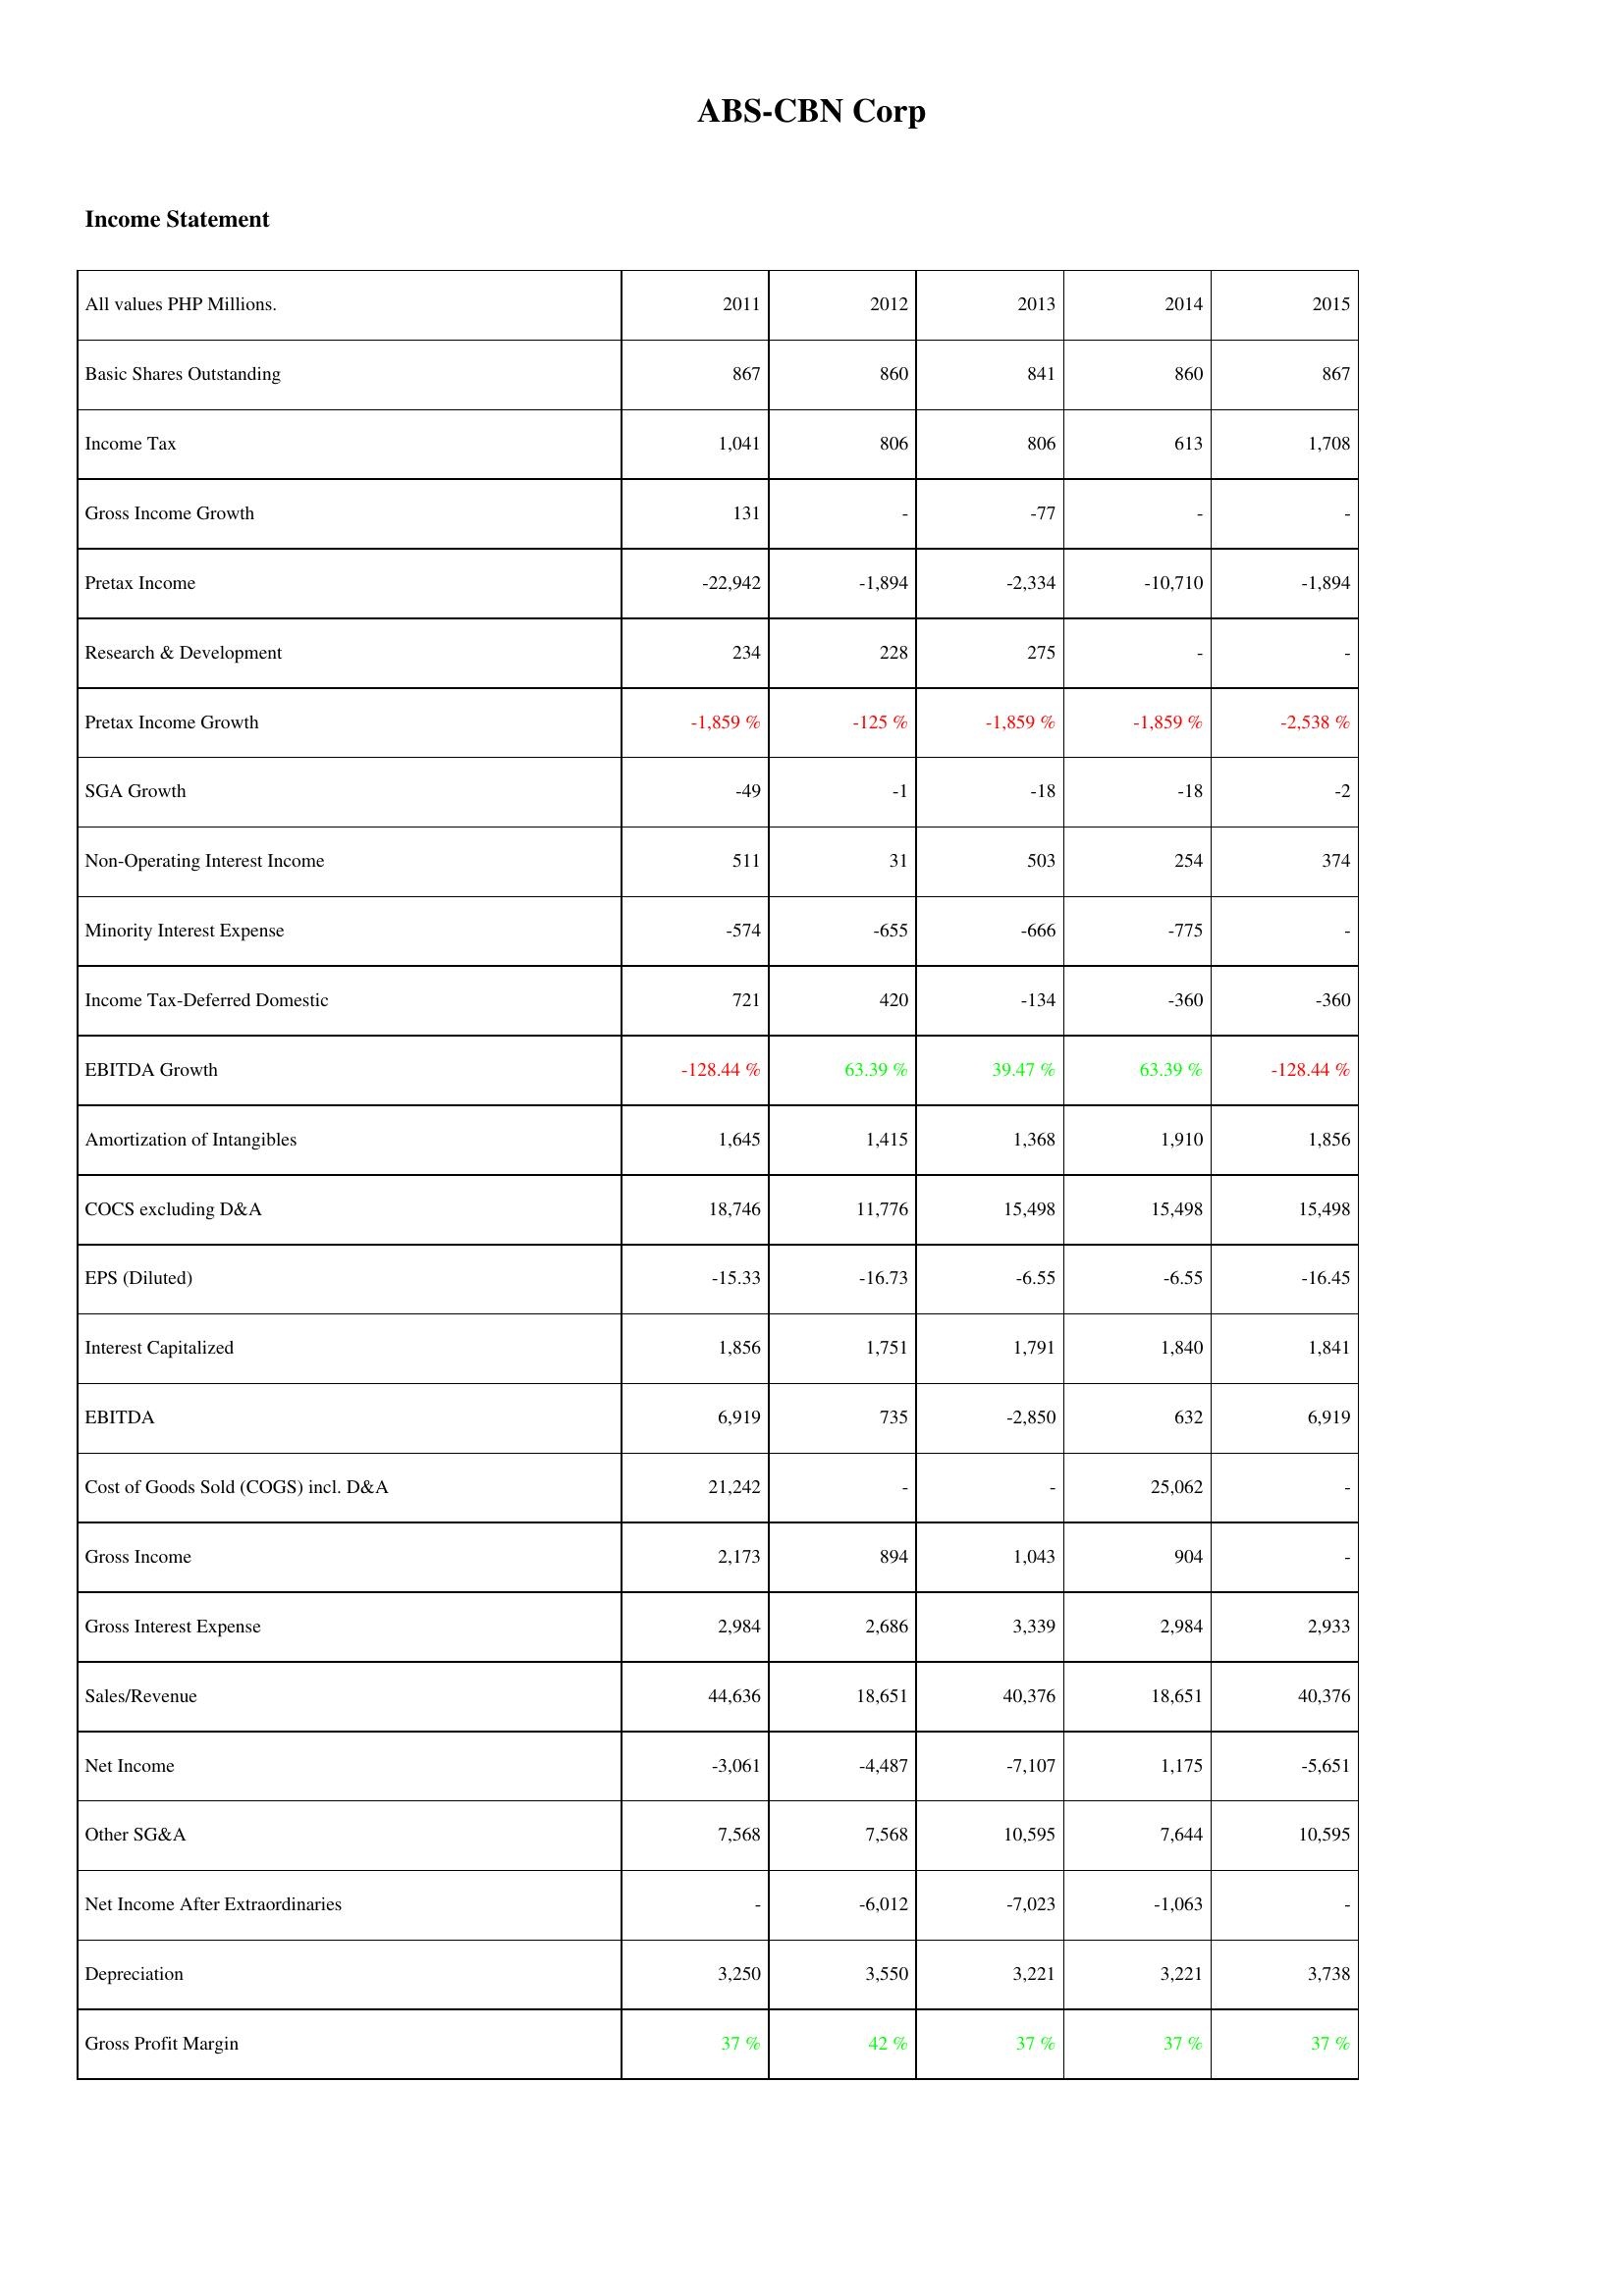
2011: Income Statement: Basic Shares Outstanding: 867
Income Tax: 1,041
Gross Income Growth: 131
Pretax Income: -22,942
Research & Development: 234
Pretax Income Growth: -1,859 %
SGA Growth: -49
Non-Operating Interest Income: 511
Minority Interest Expense: -574
Income Tax-Deferred Domestic: 721
EBITDA Growth: -128.44 %
Amortization of Intangibles: 1,645
COCS excluding D&A: 18,746
EPS (Diluted): -15.33
Interest Capitalized: 1,856
EBITDA: 6,919
Cost of Goods Sold (COGS) incl. D&A: 21,242
Gross Income: 2,173
Gross Interest Expense: 2,984
Sales/Revenue: 44,636
Net Income: -3,061
Other SG&A: 7,568
Net Income After Extraordinaries: -
Depreciation: 3,250
Gross Profit Margin: 37 %
2012: Income Statement: Basic Shares Outstanding: 860
Income Tax: 806
Gross Income Growth: -
Pretax Income: -1,894
Research & Development: 228
Pretax Income Growth: -125 %
SGA Growth: -1
Non-Operating Interest Income: 31
Minority Interest Expense: -655
Income Tax-Deferred Domestic: 420
EBITDA Growth: 63.39 %
Amortization of Intangibles: 1,415
COCS excluding D&A: 11,776
EPS (Diluted): -16.73
Interest Capitalized: 1,751
EBITDA: 735
Cost of Goods Sold (COGS) incl. D&A: -
Gross Income: 894
Gross Interest Expense: 2,686
Sales/Revenue: 18,651
Net Income: -4,487
Other SG&A: 7,568
Net Income After Extraordinaries: -6,012
Depreciation: 3,550
Gross Profit Margin: 42 %
2013: Income Statement: Basic Shares Outstanding: 841
Income Tax: 806
Gross Income Growth: -77
Pretax Income: -2,334
Research & Development: 275
Pretax Income Growth: -1,859 %
SGA Growth: -18
Non-Operating Interest Income: 503
Minority Interest Expense: -666
Income Tax-Deferred Domestic: -134
EBITDA Growth: 39.47 %
Amortization of Intangibles: 1,368
COCS excluding D&A: 15,498
EPS (Diluted): -6.55
Interest Capitalized: 1,791
EBITDA: -2,850
Cost of Goods Sold (COGS) incl. D&A: -
Gross Income: 1,043
Gross Interest Expense: 3,339
Sales/Revenue: 40,376
Net Income: -7,107
Other SG&A: 10,595
Net Income After Extraordinaries: -7,023
Depreciation: 3,221
Gross Profit Margin: 37 %
2014: Income Statement: Basic Shares Outstanding: 860
Income Tax: 613
Gross Income Growth: -
Pretax Income: -10,710
Research & Development: -
Pretax Income Growth: -1,859 %
SGA Growth: -18
Non-Operating Interest Income: 254
Minority Interest Expense: -775
Income Tax-Deferred Domestic: -360
EBITDA Growth: 63.39 %
Amortization of Intangibles: 1,910
COCS excluding D&A: 15,498
EPS (Diluted): -6.55
Interest Capitalized: 1,840
EBITDA: 632
Cost of Goods Sold (COGS) incl. D&A: 25,062
Gross Income: 904
Gross Interest Expense: 2,984
Sales/Revenue: 18,651
Net Income: 1,175
Other SG&A: 7,644
Net Income After Extraordinaries: -1,063
Depreciation: 3,221
Gross Profit Margin: 37 %
2015: Income Statement: Basic Shares Outstanding: 867
Income Tax: 1,708
Gross Income Growth: -
Pretax Income: -1,894
Research & Development: -
Pretax Income Growth: -2,538 %
SGA Growth: -2
Non-Operating Interest Income: 374
Minority Interest Expense: -
Income Tax-Deferred Domestic: -360
EBITDA Growth: -128.44 %
Amortization of Intangibles: 1,856
COCS excluding D&A: 15,498
EPS (Diluted): -16.45
Interest Capitalized: 1,841
EBITDA: 6,919
Cost of Goods Sold (COGS) incl. D&A: -
Gross Income: -
Gross Interest Expense: 2,933
Sales/Revenue: 40,376
Net Income: -5,651
Other SG&A: 10,595
Net Income After Extraordinaries: -
Depreciation: 3,738
Gross Profit Margin: 37 %